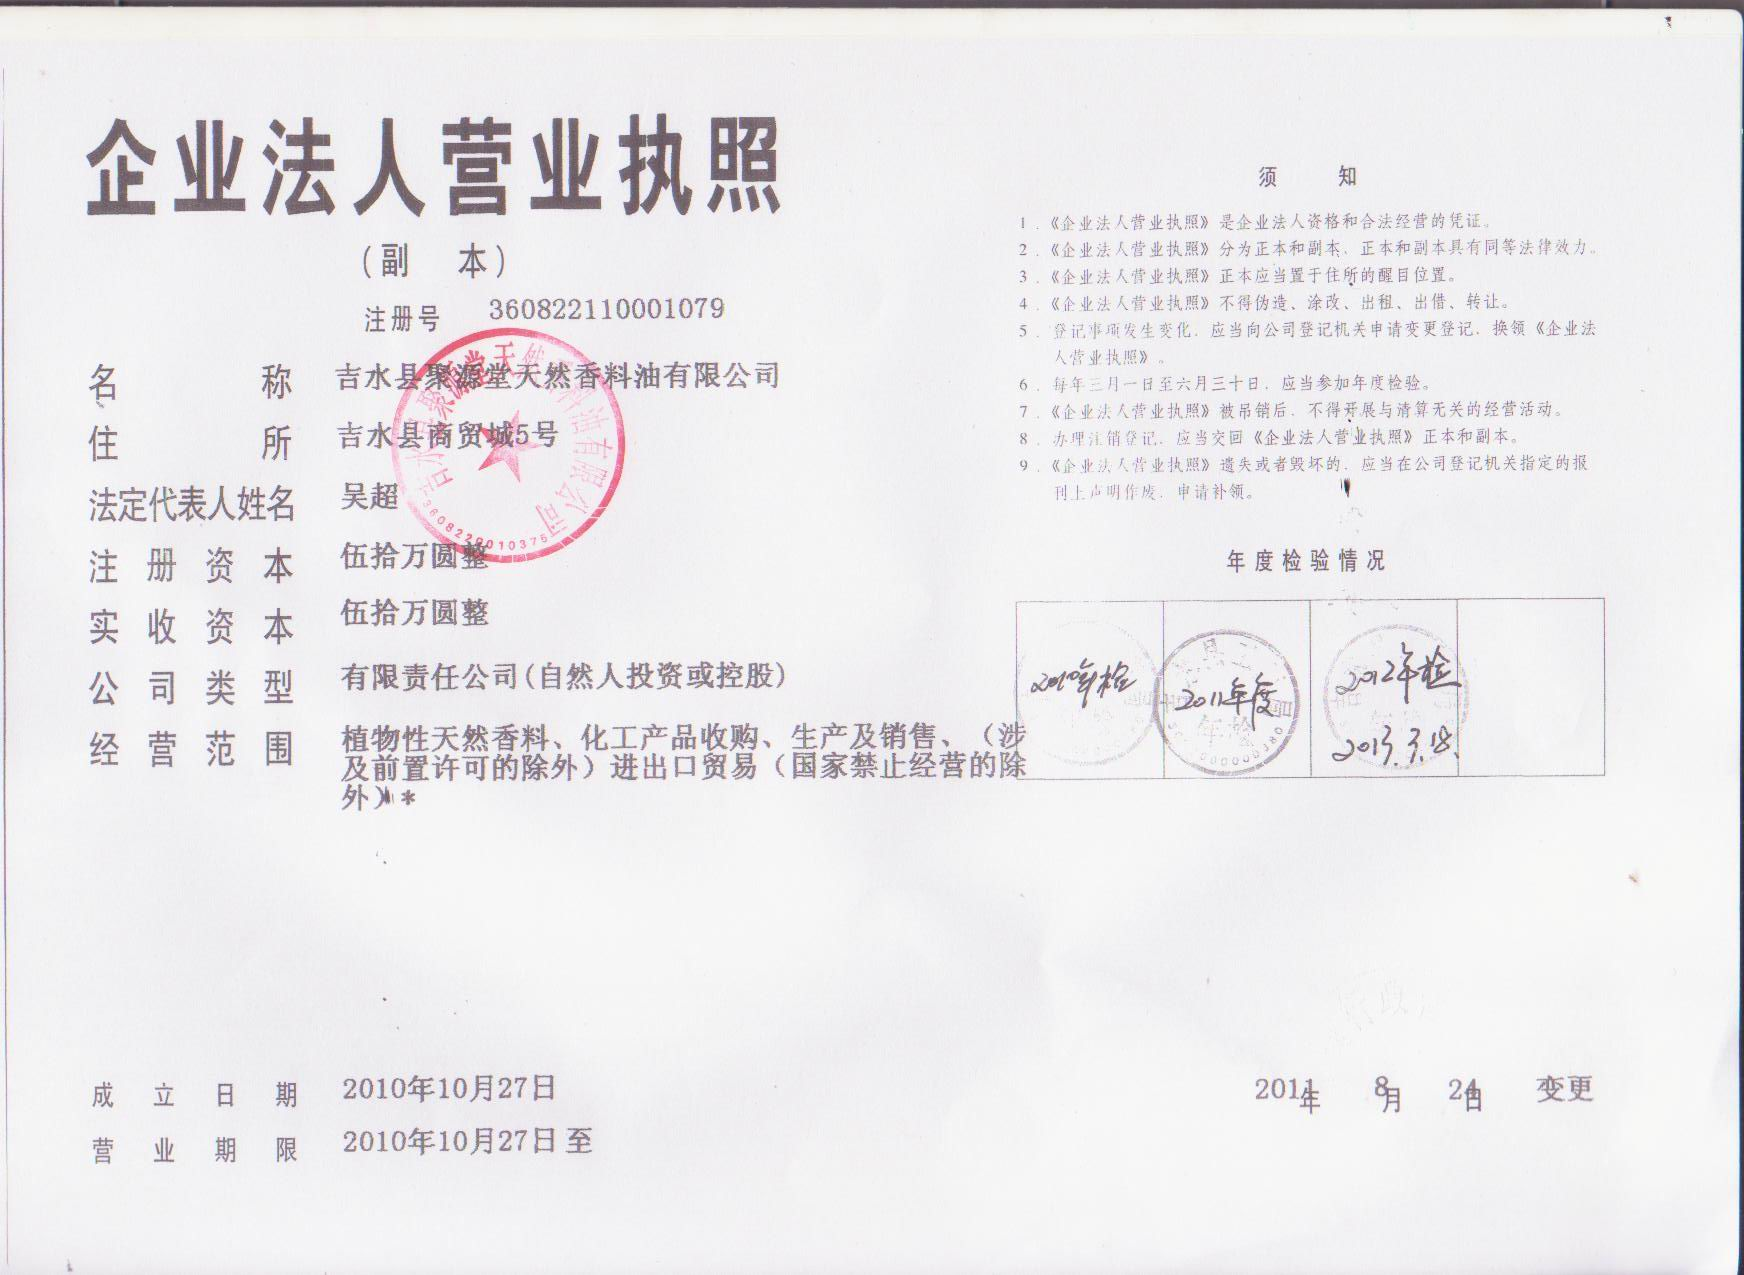
Language: zh